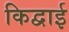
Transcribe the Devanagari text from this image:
किद्वाई